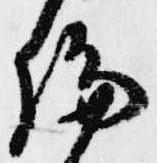
論